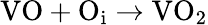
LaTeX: \mathrm{VO}+\mathrm{O}_{\mathrm{i}}\to\mathrm{VO}_{2}